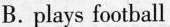
B.plays football